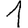
Digit: 1